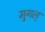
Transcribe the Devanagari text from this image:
मुगल्